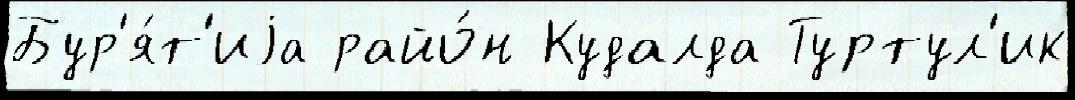
Бур'я́т'иjа райо́н Кудалда Туртул'ик